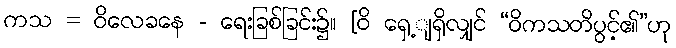
ကသ = ဝိလေခနေ - ရေးခြစ်ခြင်း၌။ [ဝိ ရှေ့ျရှိလျှင် “ဝိကသတိပွင့်၏”ဟု